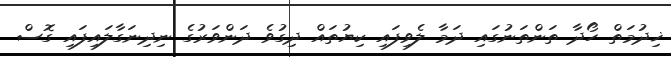
ޚިދުމަތް ހޯދާ ތަންތަނުގައި ދަމާ ލެވިފައި ކިޔުތައް ދިގުވެ ދަންވަރުގެ ނިދިނަގާލައިފައި ގޮސް